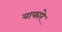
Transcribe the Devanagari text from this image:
वाफारे